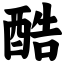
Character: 酷